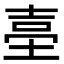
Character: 𡌬